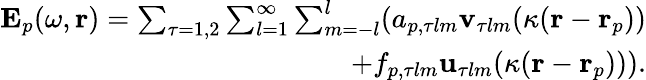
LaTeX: \begin{array}{r}{\mathbf{E}_{p}(\omega,\mathbf{r})=\sum_{\tau=1,2}\sum_{l=1}^{\infty}\sum_{m=-l}^{l}(a_{p,\tau lm}\mathbf{v}_{\tau lm}(\kappa(\mathbf{r}-\mathbf{r}_{p}))}\\ {+f_{p,\tau lm}\mathbf{u}_{\tau lm}(\kappa(\mathbf{r}-\mathbf{r}_{p}))).}\end{array}